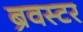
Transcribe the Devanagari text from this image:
ब्रेवस्टर